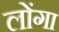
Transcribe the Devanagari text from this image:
लोंगा